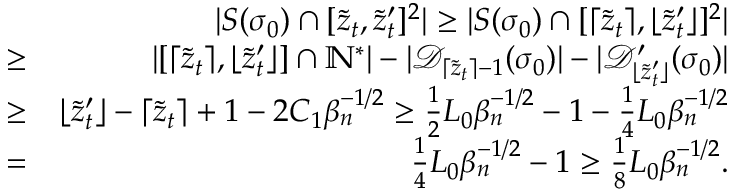
\begin{array} { r l r } & { } & { | S ( \sigma _ { 0 } ) \cap [ \tilde { z } _ { t } , \tilde { z } _ { t } ^ { \prime } ] ^ { 2 } | \geq | S ( \sigma _ { 0 } ) \cap [ \lceil \tilde { z } _ { t } \rceil , \lfloor \tilde { z } _ { t } ^ { \prime } \rfloor ] ^ { 2 } | } \\ & { \geq } & { | [ \lceil \tilde { z } _ { t } \rceil , \lfloor \tilde { z } _ { t } ^ { \prime } \rfloor ] \cap \mathbb { N } ^ { * } | - | \mathcal { D } _ { \lceil \tilde { z } _ { t } \rceil - 1 } ( \sigma _ { 0 } ) | - | \mathcal { D } _ { \lfloor \tilde { z } _ { t } ^ { \prime } \rfloor } ^ { \prime } ( \sigma _ { 0 } ) | } \\ & { \geq } & { \lfloor \tilde { z } _ { t } ^ { \prime } \rfloor - \lceil \tilde { z } _ { t } \rceil + 1 - 2 C _ { 1 } \beta _ { n } ^ { - 1 \slash 2 } \geq \frac { 1 } { 2 } L _ { 0 } \beta _ { n } ^ { - 1 \slash 2 } - 1 - \frac { 1 } { 4 } L _ { 0 } \beta _ { n } ^ { - 1 \slash 2 } } \\ & { = } & { \frac { 1 } { 4 } L _ { 0 } \beta _ { n } ^ { - 1 \slash 2 } - 1 \geq \frac { 1 } { 8 } L _ { 0 } \beta _ { n } ^ { - 1 \slash 2 } . } \end{array}